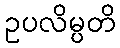
ဥပလိမ္ပတိ